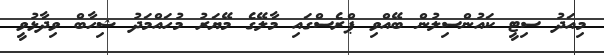
މިއަދު ސިޓީ ކައުންސިލުން ބޭއްވި ޕްރެސްގައި މާލޭގެ މޭޔަރު މުހައްމަދު ޝިހާބް ވިދާޅުވީ